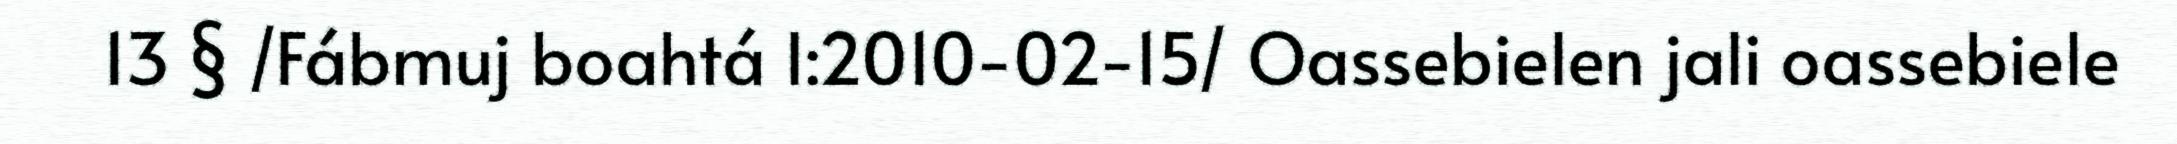
13 § /Fábmuj boahtá I:2010-02-15/ Oassebielen jali oassebiele